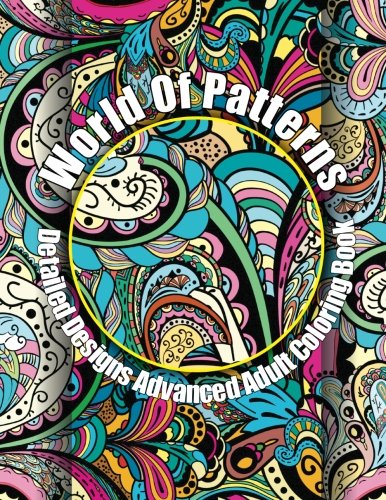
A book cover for World Of Patterns Detailed Designs Advanced Adult Coloring Book (Beautiful Patterns & Designs Adult Coloring Books) (Volume 16); Lilt Kids Coloring Books; Arts & Photography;